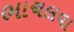
ભાચલવા